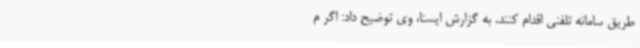
طریق سامانه تلفنی اقدام کنند. به گزارش ایسنا، وی توضیح داد: اگر م